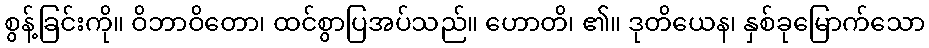
စွန့်ခြင်းကို။ ဝိဘာဝိတော၊ ထင်စွာပြအပ်သည်။ ဟောတိ၊ ၏။ ဒုတိယေန၊ နှစ်ခုမြောက်သော